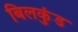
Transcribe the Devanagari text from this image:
बिलकुंड